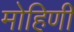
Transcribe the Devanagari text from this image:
मोहिणी